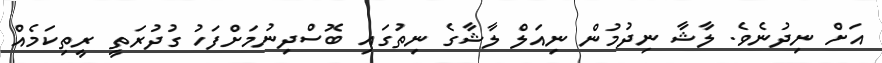
އަށް ނިދުނެވެ. ލާޝާ ނިދުމުން ނިއަލް ލާޝާގެ ނިތުގައި ބޮސްދިނުމަށްފަހު ގުދުރަތީ ރީތިކަމެއް